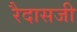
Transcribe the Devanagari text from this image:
रैदासजी